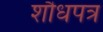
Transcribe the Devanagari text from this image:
शौधपत्र